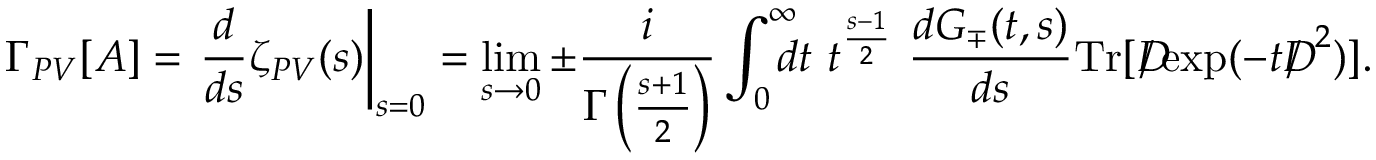
\Gamma _ { P V } [ A ] = \left. \frac { d } { d s } \zeta _ { P V } ( s ) \right| _ { s = 0 } = \operatorname * { l i m } _ { s \to 0 } \pm \frac { i } { \Gamma \left( \frac { s + 1 } { 2 } \right) } \int _ { 0 } ^ { \infty } \! \! \! \! d t ~ t ^ { \frac { s - 1 } { 2 } } ~ \frac { d G _ { \mp } ( t , s ) } { d s } \mathrm { T r } [ { D \! \! \! \! / } \exp ( - t { D \! \! \! \! / } ^ { ~ 2 } ) ] .